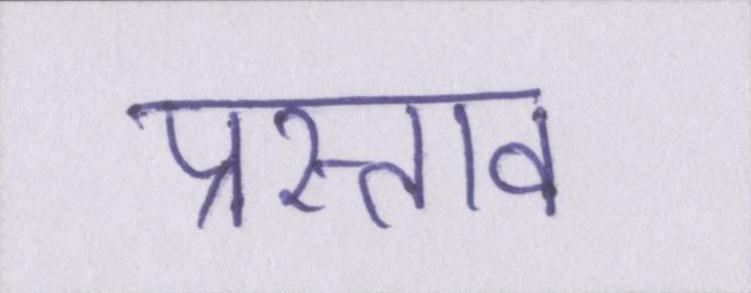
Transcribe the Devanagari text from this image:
प्रस्ताव